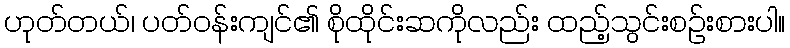
ဟုတ်တယ်၊ ပတ်ဝန်းကျင်၏ စိုထိုင်းဆကိုလည်း ထည့်သွင်းစဉ်းစားပါ။